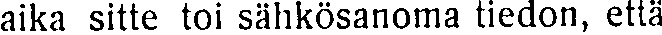
aika sitte toi sähkösanoma tiedon, että